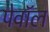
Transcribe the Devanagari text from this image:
पेवॉल